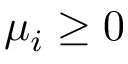
\mu _ { i } \geq 0